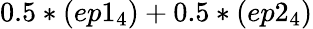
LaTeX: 0.5*(ep1_{4})+0.5*(ep2_{4})